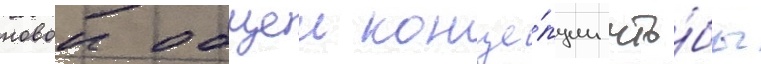
новои общеи конце́пции что́бы